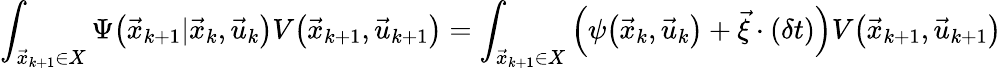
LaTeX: \int_{\vec{x}_{k+1}\in X}\Psi\big(\vec{x}_{k+1}|\vec{x}_{k},\vec{u}_{k}\big)V\big(\vec{x}_{k+1},\vec{u}_{k+1}\big)=\int_{\vec{x}_{k+1}\in X}\left(\psi\big(\vec{x}_{k},\vec{u}_{k}\big)+\vec{\xi}\cdot(\delta t)\right)V\big(\vec{x}_{k+1},\vec{u}_{k+1}\big)